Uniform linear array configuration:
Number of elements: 48
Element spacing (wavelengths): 0.5
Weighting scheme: uniform
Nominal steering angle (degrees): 60
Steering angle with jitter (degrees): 58.622
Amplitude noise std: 0.05
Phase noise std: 0.05

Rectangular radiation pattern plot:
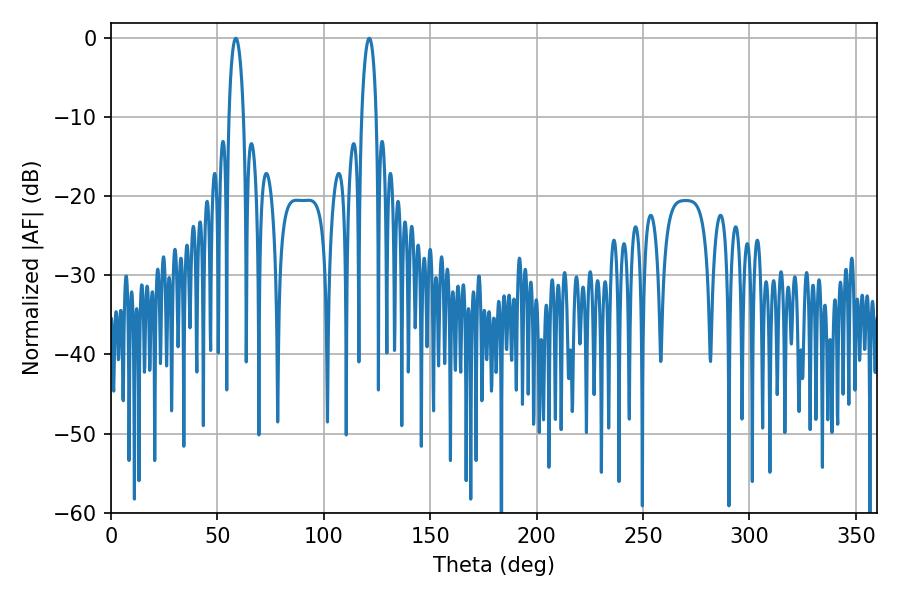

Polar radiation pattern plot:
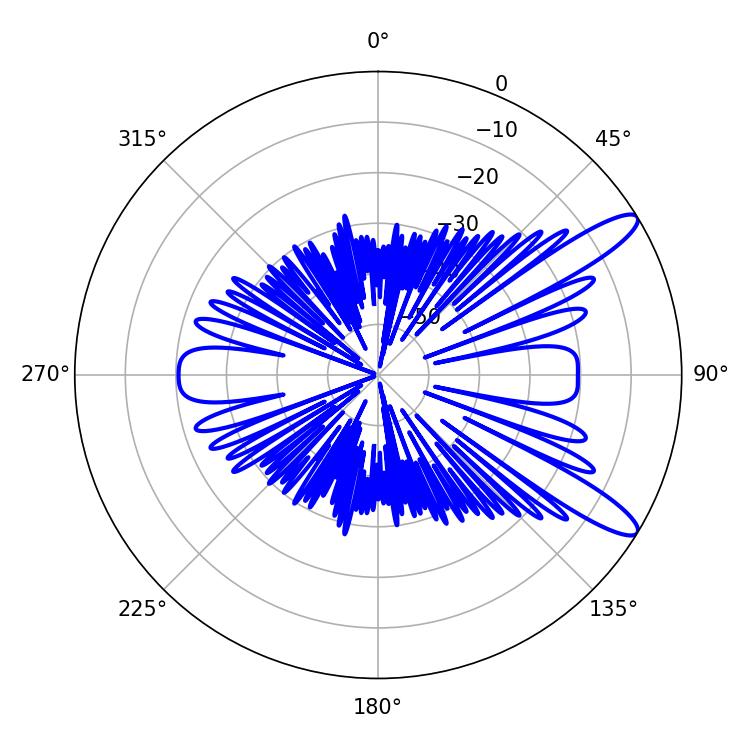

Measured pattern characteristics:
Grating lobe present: FALSE
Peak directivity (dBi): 11.754
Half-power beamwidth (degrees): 3.96
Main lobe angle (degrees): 58.68